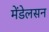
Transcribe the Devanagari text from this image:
मेंडेलसन